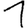
Digit: 1